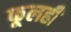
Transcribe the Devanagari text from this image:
फूलही